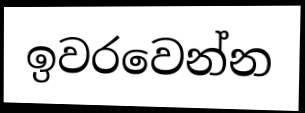
ඉවරවෙන්න